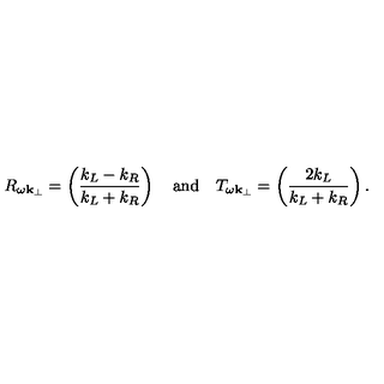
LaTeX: R _ { \omega { \bf k } _ { \perp } } = \left( \frac { k _ { L } - k _ { R } } { k _ { L } + k _ { R } } \right) \quad \mathrm { a n d } \quad T _ { \omega { \bf k } _ { \perp } } = \left( \frac { 2 k _ { L } } { k _ { L } + k _ { R } } \right) .